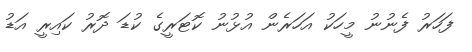
ފަހަރު ފެނުނު މީހަކު އަހަރެން އުޅުނު ކޮޓަރީގެ ކުޑަ ދޮރު ކައިރީ އަޑު